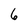
Character: 6